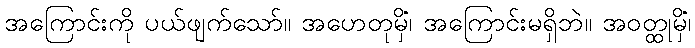
အကြောင်းကို ပယ်ဖျက်သော်။ အဟေတုမှိံ၊ အကြောင်းမရှိဘဲ။ အဝတ္ထုမှိံ၊